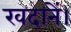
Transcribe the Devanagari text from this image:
खदानें।